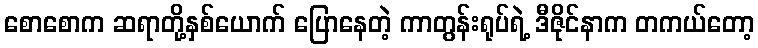
စောစောက ဆရာတို့နှစ်ယောက် ပြောနေတဲ့ ကာတွန်းရုပ်ရဲ့ ဒီဇိုင်နာက တကယ်တော့